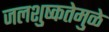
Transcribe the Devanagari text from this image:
जलशुष्कतेमुळे